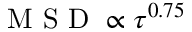
\mathrm { ~ M ~ S ~ D ~ } \propto \tau ^ { 0 . 7 5 }